Indian journal of veterinary science and animal husbandry - Volumes 24-25, 1954-1955
Year: 1954
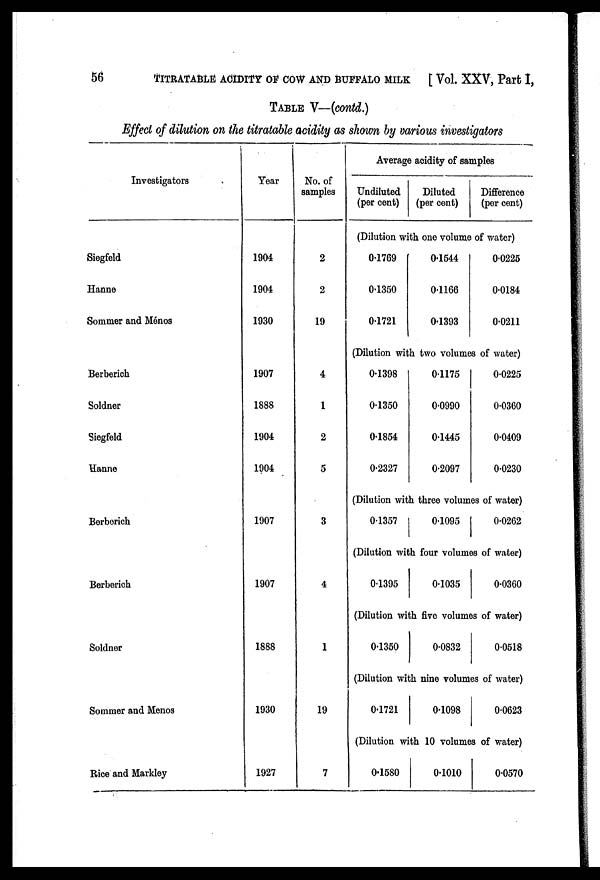
56
TITRATABLE ACIDITY OF COW AND BUFFALO MILK
[Vol. XXV, Part I,
TABLE V—(contd.)
Effect of dilution on the titratable acidity as shown by various investigators
Investigators
Siegfeld
Hanne
Sommer and Ménos
Berberich
Soldner
Siegfeld
Hanne
Berberich
Berberich
Soldner
Sommer and Menos
Rice and Markley
Year
1904
1904
1930
1907
1888
1904
1904
1907
1907
1888
1930
1927
No. of
samples
2
2
19
4
1
2
5
3
4
1
19
7
Average acidity of samples
Undiluted
(per cent)
Diluted
(per cent)
Difference
(per cent)
(Dilution with one volume of water)
0.1769
0.1350
0.1721
0.1544
0.1166
0.1393
0.0225
0.0184
0.0211
(Dilution with two volumes of water)
0.1398
0.1350
0.1854
0.2327
0.1175
0.0990
0.1445
0.2097
0.0225
0.0360
0.0409
0.0230
(Dilution with three volumes of water)
0.1357
0.1095
0.0262
(Dilution with four volumes of water)
0.1395
0.1035
0.0360
(Dilution with five volumes of water)
0.1350
0.0832
0.0518
(Dilution with nine volumes of water)
0.1721
0.1098
0.0623
(Dilution with 10 volumes of water)
0.1580
0.1010
0.0570